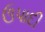
ઉપાદી